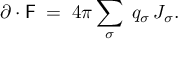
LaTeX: \partial \cdot { \sf F } \; = \; 4 \pi \sum _ { \sigma } \; q _ { \sigma } \, J _ { \sigma } .